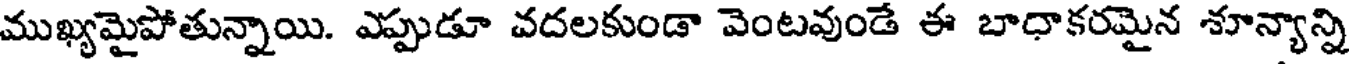
ముఖ్యమైపోతున్నాయి. ఎప్పుడూ వదలకుండా వెంటవుండే ఈ బాధాకరమైన శూన్యాన్ని